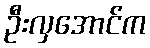
ဦးလှအောင်က